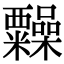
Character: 𥽹